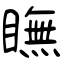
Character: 瞴